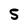
Character: 5